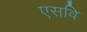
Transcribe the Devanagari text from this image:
एसवि